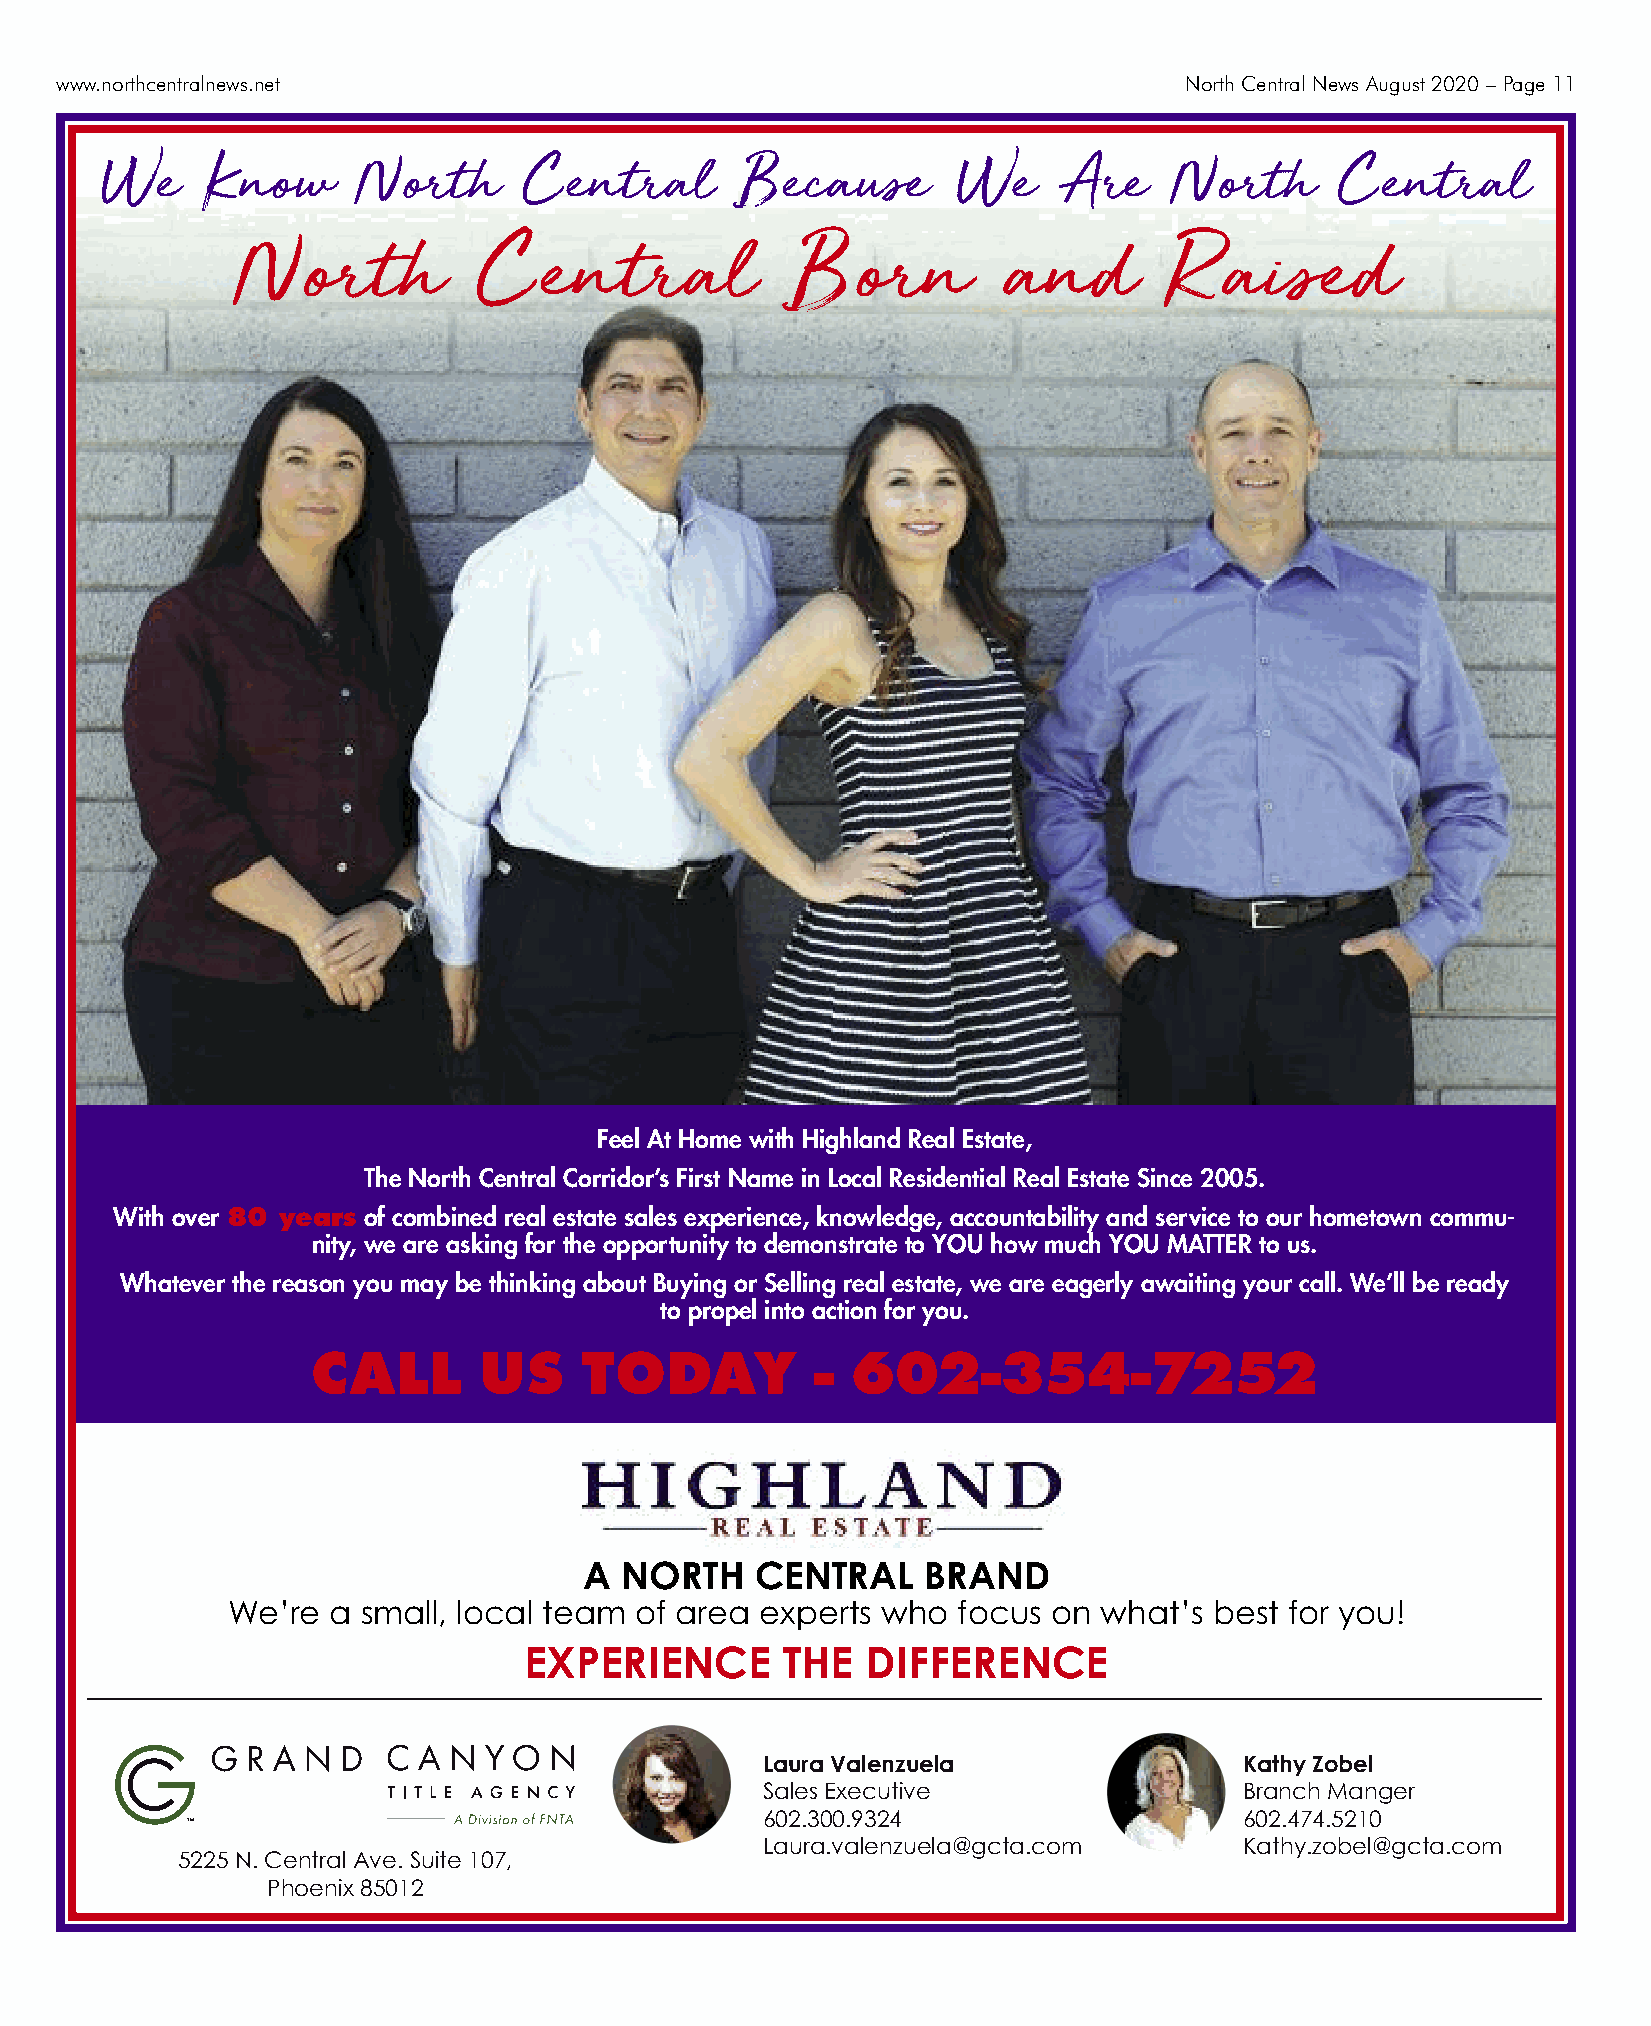
www.northcentralnews.net                                                  North Central News August 2020 – Page 11
 We     Know       North      Central       Because       We     Are    North       Central
 North            Central             Born          and        Raised
 Feel At Home with Highland Real Estate,
 The North Central Corridor’s First Name in Local Residential Real Estate Since 2005.
 With over 80 years of combined real estate sales experience, knowledge, accountability and service to our hometown commu-
 nity, we are asking for the opportunity to demonstrate to YOU how much YOU MATTER to us.
 Whatever the reason you may be thinking about Buying or Selling real estate, we are eagerly awaiting your call. We’ll be ready
 to propel into action for you.
 CALL       US    TODAY           - 602-354-7252
 A NORTH    CEN  TRAL  BRAND
 We’re  a small, local team of area experts who  focus  on what’s best for you!
 EXPERIEN    CE   THE  D IFFER  EN  CE
 Laura Valenzuela                Kathy Zobel
 Sales Executive                 Branch Manger
 602.300.9324                    602.474.5210
 Laura.valenzuela@gcta.com       Kathy.zobel@gcta.com
 5225 N. Central Ave. Suite 107,
 Phoenix 85012